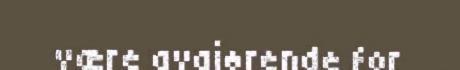
være avgjørende for